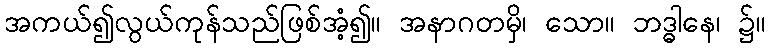
အကယ်၍လွယ်ကုန်သည်ဖြစ်အံ့၍။ အနာဂတမှိ၊ သော။ ဘဒ္ဓါနေ၊ ၌။